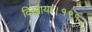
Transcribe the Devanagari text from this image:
दिखाया।१९१२